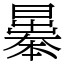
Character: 曓